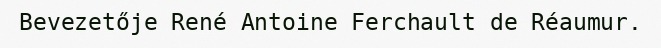
Bevezetője René Antoine Ferchault de Réaumur.